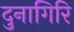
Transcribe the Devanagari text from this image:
दुनागिरि